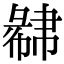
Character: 𢑩